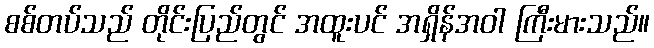
စစ်တပ်သည် တိုင်းပြည်တွင် အထူးပင် အရှိန်အဝါ ကြီးမားသည်။